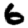
Digit: 6